Studies on the mouth parts a Comparative anatomy of the proboscis in the blood-sucking muscidae - Number 60
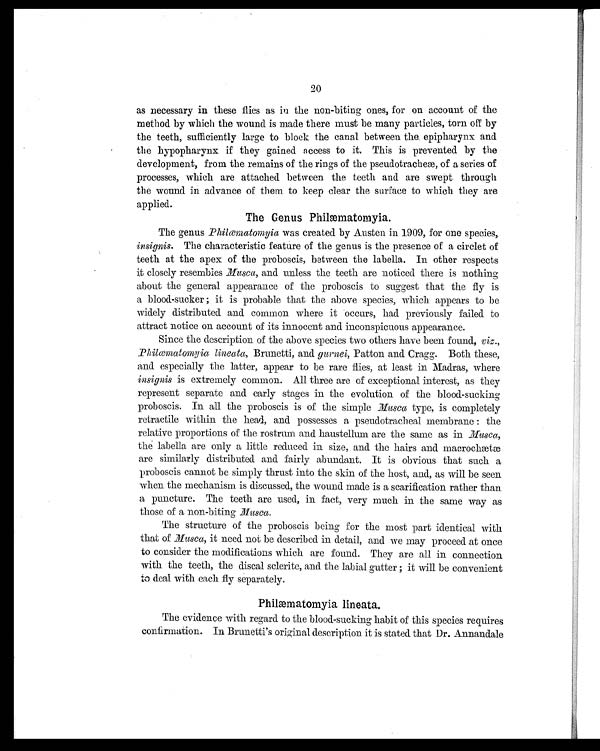
20
as necessary in these flies as in the non-biting ones, for on account of the
method by which the wound is made there must be many particles, torn off by
the teeth, sufficiently large to block the canal between the epipharynx and
the hypopharynx if they gained access to it. This is prevented by the
development, from the remains of the rings of the pseudotracheæ, of a series of
processes, which are attached between the teeth and are swept through
the wound in advance of them to keep clear the surface to which they are
applied.
The Genus Philaematornyia.
The genus Philæmatomyia was created by Austen in 1909, for one species,
insignis. The characteristic feature of the genus is the presence of a circlet of
teeth at the apex of the proboscis, between the labella. In other respects
it closely resembles Musca, and unless the teeth are noticed there is nothing
about the general appearance of the proboscis to suggest that the fly is
a blood-sucker ; it is probable that the above species, which appears to be
widely distributed and common where it occurs, had previously failed to
attract notice on account of its innocent and inconspicuous appearance.
Since the description of the above species two others have been found, viz.,
Philæmatomyia lineata, Brunetti, and gurnei, Patton and Cragg. Both these,
and especially the latter, appear to be rare flies, at least in Madras, where
insignis is extremely common. All three are of exceptional interest, as they
represent separate and early stages in the evolution of the blood-sucking
proboscis. In all the proboscis is of the simple Musca type, is completely
retractile within the head, and possesses a pseudotracheal membrane : the
relative proportions of the rostrum and haustellum are the same as in Musca,
the labella are only a little reduced in size, and the hairs and macrochætæ
are similarly distributed and fairly abundant. It is obvious that such a
proboscis cannot be simply thrust into the skin of the host, and, as will be seen
when the mechanism is discussed, the wound made is a scarification rather than
a puncture. The teeth are used, in fact, very much in the same way as
those of a non-biting Musca.
The structure of the proboscis being for the most part identical with
that of Musca, it need not be described in detail, and we may proceed at once
to consider the modifications which are found. They are all in connection
with the teeth, the distal sclerite, and the labial gutter ; it will be convenient
to deal with each fly separately.
Philæmatomyia lineata.
The evidence with regard to the blood-sucking habit of this species requires
confirmation. In Brunetti's original description it is stated that Dr. Annandale